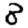
Digit: 8